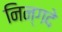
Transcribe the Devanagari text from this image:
निन्गदे